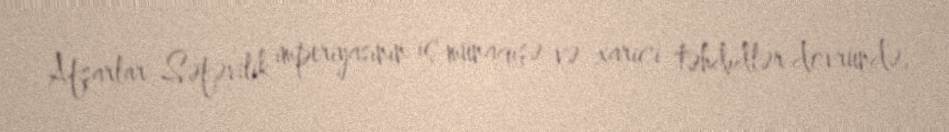
Afşarlar Səfəvilik imperiyasının iç münaqişə və xarici təhdidlər dövründə,